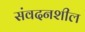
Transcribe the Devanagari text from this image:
संवदनशील